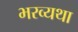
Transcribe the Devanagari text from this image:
भरव्यथा